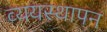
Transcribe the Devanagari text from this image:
व्ययस्थापन